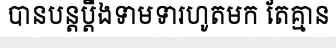
បានបន្តប្តឹងទាមទារហូតមក តែគ្មាន